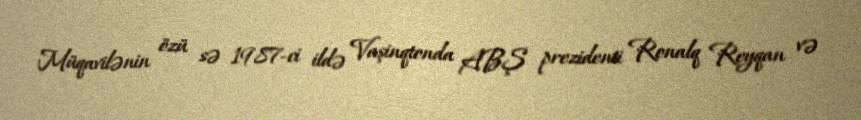
Müqavilənin özü sə 1987-ci ildə Vaşinqtonda ABŞ prezidenti Ronalq Reyqan və